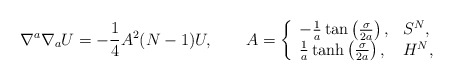
\begin{align*}\nabla^a \nabla_a U =-\frac{1}{4} A^2(N-1)U, \qquad A = \left\{\begin{array}{ll} - \frac{1}{a} \tan \left( \frac{\sigma}{2a}\right), & S^N, \\\frac{1}{a} \tanh \left( \frac{\sigma}{2a}\right), & H^N, \end{array} \right.\end{align*}